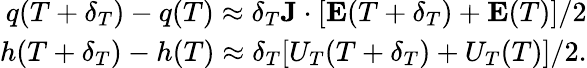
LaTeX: \begin{array}{r}{q(T+\delta_{T})-q(T)\approx\delta_{T}\textbf{J}\cdot[\textbf{E}(T+\delta_{T})+\textbf{E}(T)]/2}\\ {h(T+\delta_{T})-h(T)\approx\delta_{T}[U_{T}(T+\delta_{T})+U_{T}(T)]/2.}\end{array}